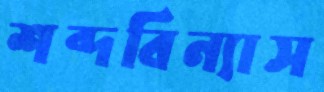
শব্দবিন্যাস